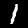
Label: 1